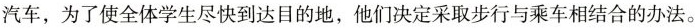
汽车，为了使全体学生尽快到达目的地，他们决定采取步行与乘车相结合的办法。